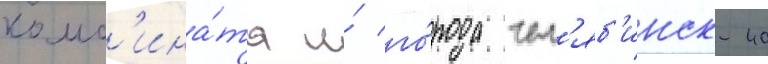
комб'ина́та и́ го́рода чел'яб'инск-40